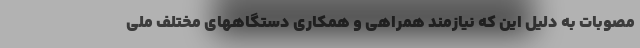
مصوبات به دلیل این که نیازمند همراهی و همکاری دستگاههای مختلف ملی